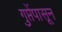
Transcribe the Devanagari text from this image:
गुप्तेंपासून